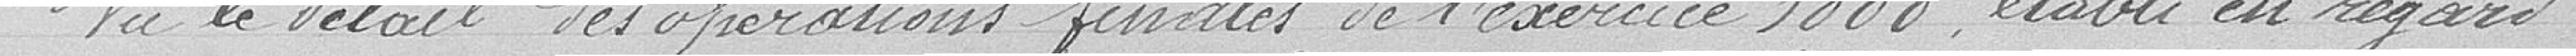
Vu le détail des opérations finales de l'exercice 1888, établi au regard